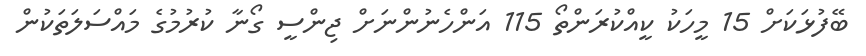
ބޭފުޅަކަށް 15 މީހަކު ކީއްކުރަންތޯ 115 އަންހެނުންނަށް ޖިންސީ ގޯނާ ކުރުމުގެ މައްސަލަތަކުން